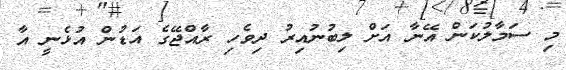
މި ސަމާލުކަން އޭނާ އަށް ލިބުނުއިރު ދިވެހި ރާއްޖޭގެ އަޑުން އުޅެނީ އާ